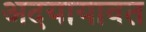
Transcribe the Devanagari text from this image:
अदयायावत